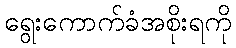
ရွေးကောက်ခံအစိုးရကို